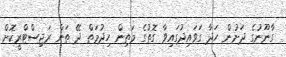
ގާނޫނުގެ ދަށުން ހަދާ ގަވައިދުގައިވާ ގޮތުގެ މަތިން ހިދުމަތް ދޭ ތަން ރަޖިސްޓްރީކޮށް